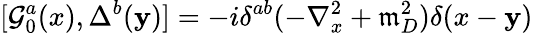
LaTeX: {[{\cal{G}}_{0}^{a}(x),\Delta^{b}(\mathbf{y})]}=-i\delta^{ab}(-\nabla_{x}^{2}+\mathfrak{m}_{D}^{2})\delta(x-\mathbf{y})